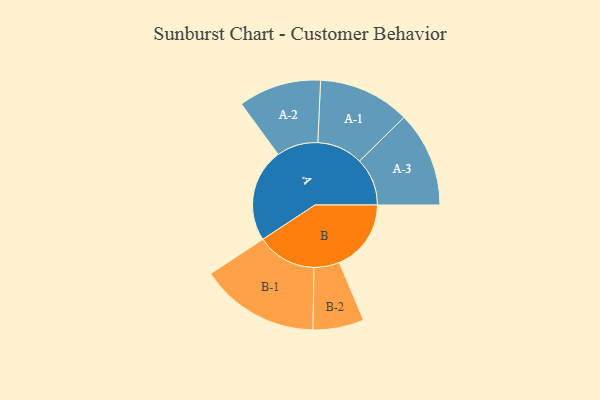
{"axis": {"x": "Segment", "y": "Value"}, "legend": ["", "A", "B"], "data": [{"x": "A", "y": 399, "type": ""}, {"x": "B", "y": 307, "type": ""}, {"x": "A-1", "y": 196, "type": "A"}, {"x": "A-2", "y": 177, "type": "A"}, {"x": "A-3", "y": 204, "type": "A"}, {"x": "B-1", "y": 255, "type": "B"}, {"x": "B-2", "y": 109, "type": "B"}]}